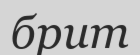
брит